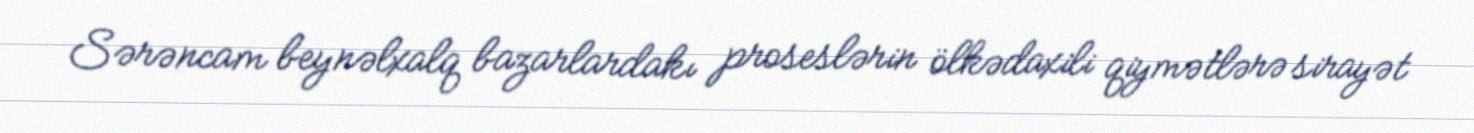
Sərəncam beynəlxalq bazarlardakı proseslərin ölkədaxili qiymətlərə sirayət